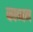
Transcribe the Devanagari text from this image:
काब्बन